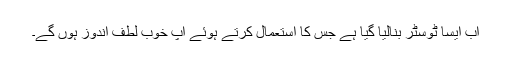
اب ایسا ٹوسٹر بنالیا گیا ہے جس کا استعمال کرتے ہوئے آپ خوب لطف اندوز ہوں گے۔